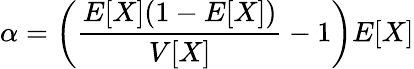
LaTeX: \alpha=\left({\frac{E[X](1-E[X])}{V[X]}}-1\right)E[X]